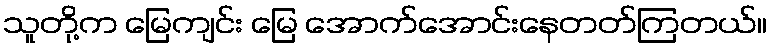
သူတို့က မြေကျင်း မြေ အောက်အောင်းနေတတ်ကြတယ်။